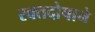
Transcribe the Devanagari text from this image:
रक्तदोषाने